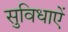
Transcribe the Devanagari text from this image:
सुविधाएें